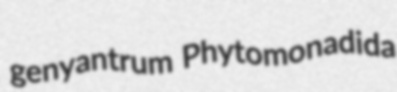
genyantrum Phytomonadida